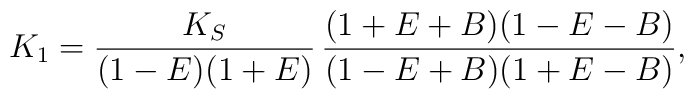
K_1= \frac{K_S}{(1-E)(1+E)}\,\frac{(1+E+B)(1-E-B)}{(1-E+B)(1+E-B)},